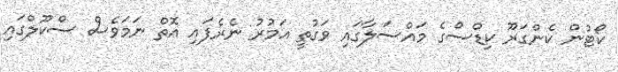
ކޯޓުން ކެންގަރޫ ކިޑްސްގެ މައްސަލާގައި ވަގުތީ އަމުރު ނެރެފައި އޮތް ނަމަވެސް ސްކޫލްގައި